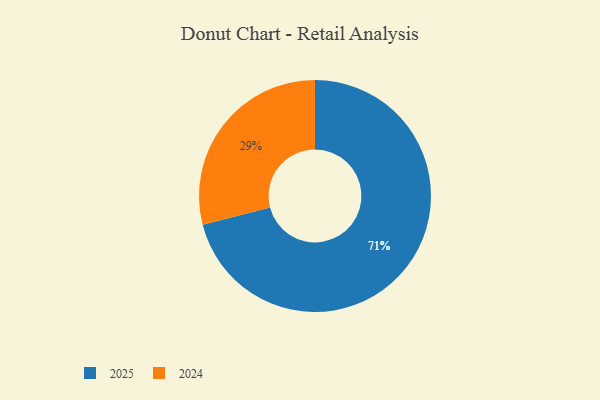
{"axis": {"x": "Category", "y": "Percentage"}, "legend": ["2024", "2025"], "data": [{"x": "2024", "y": 29, "type": "2024"}, {"x": "2025", "y": 71, "type": "2025"}]}